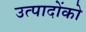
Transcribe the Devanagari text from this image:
उत्पादोंको